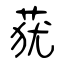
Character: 莸